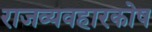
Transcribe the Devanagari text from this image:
राजव्यवहारकोष